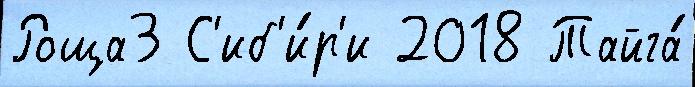
Роща3 С'иб'и́р'и 2018 Тайга́